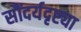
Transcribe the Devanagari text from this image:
सौंदर्यदृष्ट्या